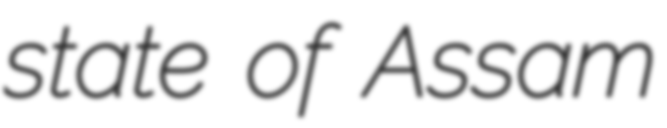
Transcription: state of Assam